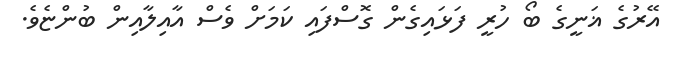
އޭރުގެ ޣަނީގެ ބޯ ހުރީ ފަޅައިގެން ގޮސްފައި ކަމަށް ވެސް އާއިލާއިން ބުންޏެވެ.